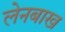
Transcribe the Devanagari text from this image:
लेनबाख